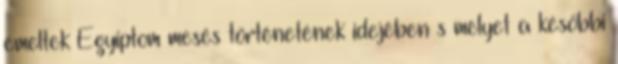
emeltek Egyiptom mesés történetének idejében s melyet a későbbi